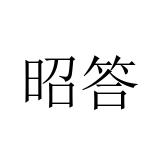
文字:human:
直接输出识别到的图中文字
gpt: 昭答